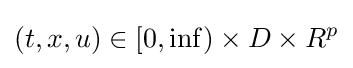
(t,x,u)\in [0,\inf )\times D\times R^{p}